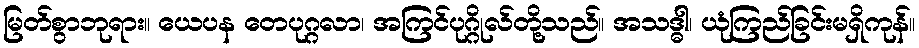
မြတ်စွာဘုရား။ ယေပန တေပုဂ္ဂလာ၊ အကြင်ပုဂ္ဂိုလ်တို့သည်။ အသဒ္ဓါ၊ ယုံကြည်ခြင်းမရှိကုန်။